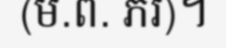
(ម.ព. ភរ)។